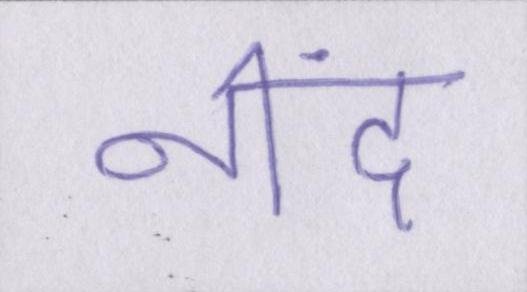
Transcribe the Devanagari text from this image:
नींद